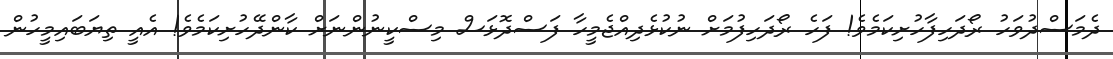
ދެމަސްދުވަހު ރޯދަހިފާހުށިކަމެވެ! ފަހެ ރޯދަހިފުމަށް ނުކުޅެދިއްޖެމީހާ ފަސްދޮޅަސް މިސްކީނުންނަށް ކާންދޭހުށިކަމެވެ! އެއީ ތިޔަބައިމީހުން